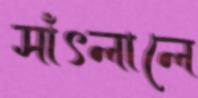
সাঁৎলালে